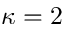
\kappa = 2